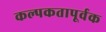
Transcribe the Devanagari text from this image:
कल्पकतापूर्वक